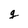
Character: g